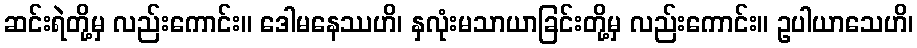
ဆင်းရဲတို့မှ လည်းကောင်း။ ဒေါမနေဿဟိ၊ နှလုံးမသာယာခြင်းတို့မှ လည်းကောင်း။ ဥပါယာသေဟိ၊